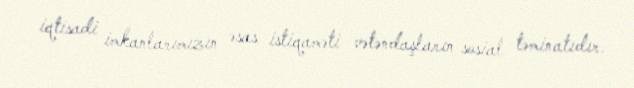
iqtisadi imkanlarımızın əsas istiqaməti vətəndaşların sosial təminatıdır.